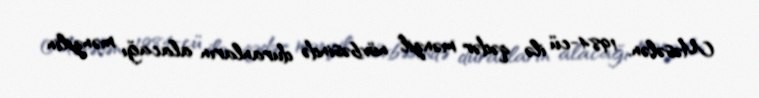
Məsələn, 1984-cü ilə qədər mənzil növbəsində duranların alacağı mənzilin